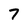
Character: 7